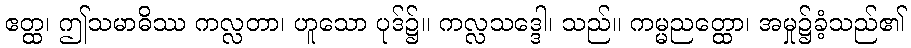
ဧတ္ထ၊ ဤသမာဓိဿ ကလ္လတာ၊ ဟူသော ပုဒ်၌။ ကလ္လသဒ္ဒေါ၊ သည်။ ကမ္မညတ္ထော၊ အမှု၌ခံ့သည်၏